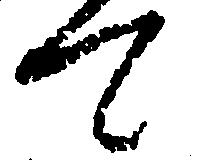
て